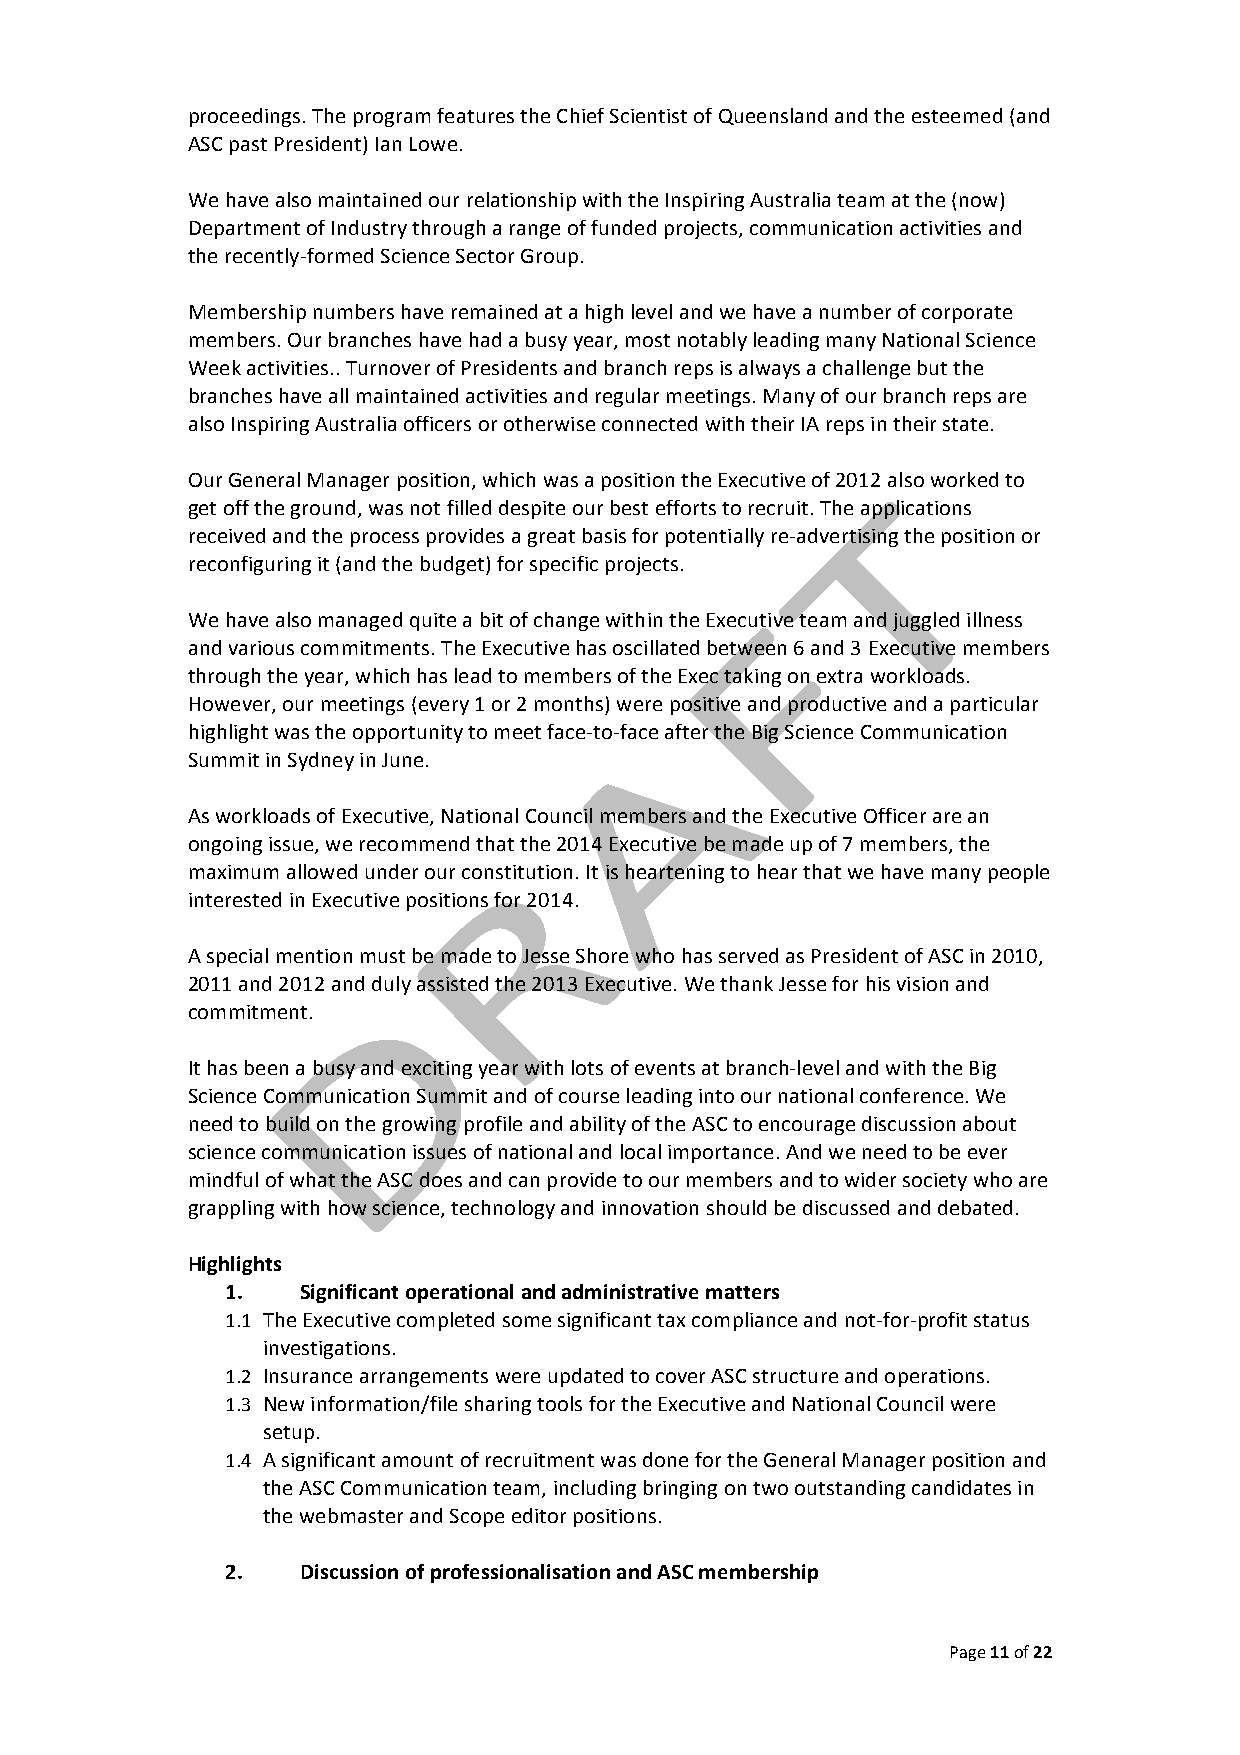
proceedings. The program features the Chief Scientist of Queensland and the esteemed (and
 ASC past President) Ian Lowe.
 We have also maintained our relationship with the Inspiring Australia team at the (now)
 Department of Industry through a range of funded projects, communication activities and
 the recently-­‐formed Science Sector Group.
 Membership numbers have remained at a high level and we have a number of corporate
 members. Our branches have had a busy year, most notably leading many National Science
 Week activities.. Turnover of Presidents and branch reps is always a challenge but the
 branches have all maintained activities and regular meetings. Many of our branch reps are
 also Inspiring Australia officers or otherwise connected with their IA reps in their state.
 Our General Manager position, which was a position the Executive of 2012 also worked to
 get off the ground, was not filled despite our best efforts to recruit. The applications
 received and the process provides a great basis for potentially re-­‐advertising the position or
 reconfiguring it (and the budget) for specific projects.
 We have also managed quite a bit of change within the Executive team and juggled illness
 and various commitments. The Executive has oscillated between 6 and 3 Executive members
 through the year, which has lead to members of the Exec taking on extra workloads.
 However, our meetings (every 1 or 2 months) were positive and productive and a particular
 highlight was the opportunity to meet face-­‐to-­‐face after the Big Science Communication
 Summit in Sydney in June.
 As workloads of Executive, National Council members and the Executive Officer are an
 ongoing issue, we recommend that the 2014 Executive be made up of 7 members, the
 maximum allowed under our constitution. It is heartening to hear that we have many people
 interested in Executive positions for 2014.
 A special mention must be made to Jesse Shore who has served as President of ASC in 2010,
 2011 and 2012 and duly assisted the 2013 Executive. We thank Jesse for his vision and
 commitment.
 It has been a busy and exciting year with lots of events at branch-­‐level and with the Big
 Science Communication Summit and of course leading into our national conference. We
 need to build on the growing profile and ability of the ASC to encourage discussion about
 science communication issues of national and local importance. And we need to be ever
 mindful of what the ASC does and can provide to our members and to wider society who are
 grappling with how science, technology and innovation should be discussed and debated.
 Highlights
 1.   Significant operational and administrative matters
 1.1 The Executive completed some significant tax compliance and not-­‐for-­‐profit status
 investigations.
 1.2 Insurance arrangements were updated to cover ASC structure and operations.
 1.3 New information/file sharing tools for the Executive and National Council were
 setup.
 1.4 A significant amount of recruitment was done for the General Manager position and
 the ASC Communication team, including bringing on two outstanding candidates in
 the webmaster and Scope editor positions.
 2.   Discussion of professionalisation and ASC membership
 Page 11 of 22